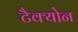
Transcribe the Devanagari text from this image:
टैक्योन